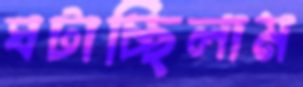
ঘটাচ্ছিলাম